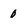
Character: 0